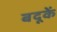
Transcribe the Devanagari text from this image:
बदूकें